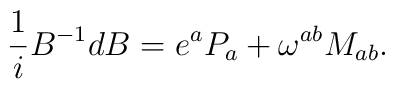
{1\over i}B^{-1}dB=e^aP_a+\omega^{ab}M_{ab}.